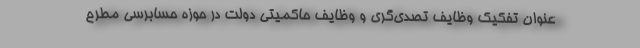
‌عنوان تفكیك وظایف تصدی‌گری و وظایف حاكمیتی دولت در حوزه حسابرسی مطرح